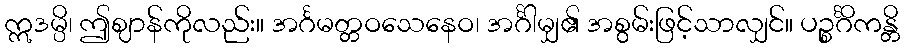
ဣဒမ္ပိ၊ ဤဈာန်ကိုလည်း။ အင်္ဂမတ္တဝသေနေဝ၊ အင်္ဂါမျှ၏ အစွမ်းဖြင့်သာလျှင်။ ပဉ္စင်္ဂိကန္တိ